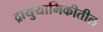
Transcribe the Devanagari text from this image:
द्रायुयामिकीतील